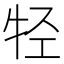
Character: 𰠲